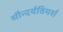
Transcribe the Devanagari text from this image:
सौन्दर्यविमर्श